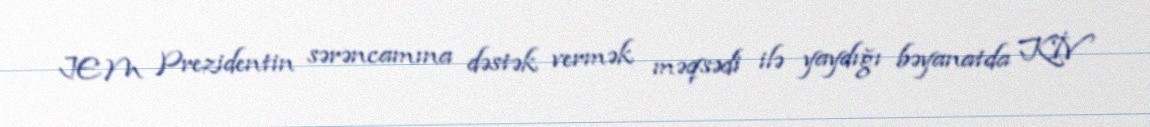
JEM Prezidentin sərəncamına dəstək vermək məqsədi ilə yaydığı bəyanatda KİV